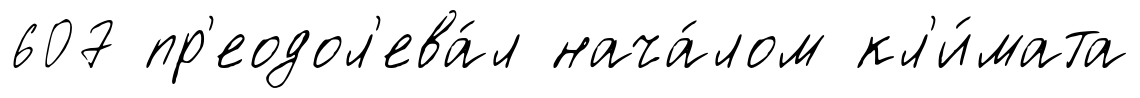
607 пр'еодол'ева́л нача́лом кл'и́мата